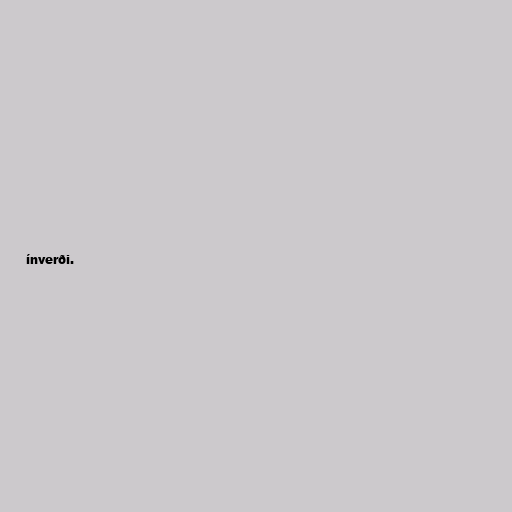
ínverði.